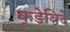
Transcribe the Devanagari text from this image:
कूडेविदे